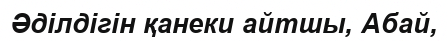
Әділдігін қанеки айтшы, Абай,